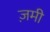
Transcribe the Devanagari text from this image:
ज़मी